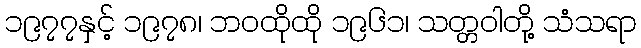
၁၉၇၇နှင့် ၁၉၇၈၊ ဘဝထိုထို ၁၉၆၁၊ သတ္တဝါတို့ သံသရာ